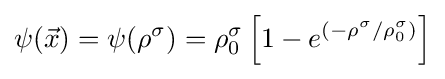
\psi ({\vec {x}})=\psi (\rho ^{\sigma })=\rho _{0}^{\sigma }\left[1-e^{(-\rho ^{\sigma }/\rho _{0}^{\sigma })}\right]\,\!